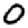
Digit: 0